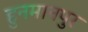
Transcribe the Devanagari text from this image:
हुनमानपुर